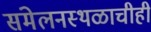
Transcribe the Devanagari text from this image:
संमेलनस्थळाचीही